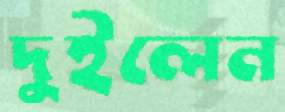
দুইলেন